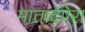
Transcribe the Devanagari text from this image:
मातादेपेरा